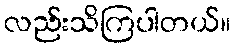
လည်းသိကြပါတယ်။